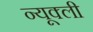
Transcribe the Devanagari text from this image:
न्यूक्ली